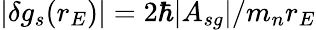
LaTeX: \lvert\delta g_{s}(r_{E})\rvert=2\hbar\lvert A_{sg}\rvert/m_{n}r_{E}